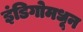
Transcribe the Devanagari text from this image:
इंडिगोमधून